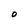
Character: 0